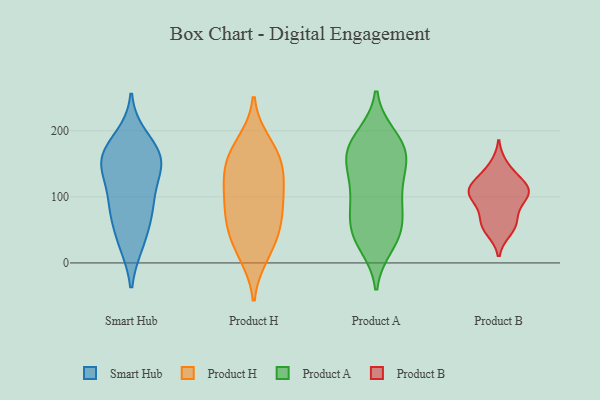
{"axis": {"x": "Page Views", "y": "Value"}, "legend": ["Product A", "Product B", "Product H", "Smart Hub"], "data": [{"x": "", "y": 149, "type": "Smart Hub"}, {"x": "", "y": 121, "type": "Smart Hub"}, {"x": "", "y": 81, "type": "Smart Hub"}, {"x": "", "y": 168, "type": "Smart Hub"}, {"x": "", "y": 29, "type": "Smart Hub"}, {"x": "", "y": 172, "type": "Smart Hub"}, {"x": "", "y": 29, "type": "Smart Hub"}, {"x": "", "y": 152, "type": "Smart Hub"}, {"x": "", "y": 149, "type": "Smart Hub"}, {"x": "", "y": 190, "type": "Smart Hub"}, {"x": "", "y": 101, "type": "Smart Hub"}, {"x": "", "y": 152, "type": "Smart Hub"}, {"x": "", "y": 73, "type": "Smart Hub"}, {"x": "", "y": 75, "type": "Smart Hub"}, {"x": "", "y": 59, "type": "Product H"}, {"x": "", "y": 23, "type": "Product H"}, {"x": "", "y": 13, "type": "Product H"}, {"x": "", "y": 113, "type": "Product H"}, {"x": "", "y": 114, "type": "Product H"}, {"x": "", "y": 50, "type": "Product H"}, {"x": "", "y": 84, "type": "Product H"}, {"x": "", "y": 153, "type": "Product H"}, {"x": "", "y": 158, "type": "Product H"}, {"x": "", "y": 181, "type": "Product H"}, {"x": "", "y": 69, "type": "Product H"}, {"x": "", "y": 162, "type": "Product H"}, {"x": "", "y": 120, "type": "Product H"}, {"x": "", "y": 168, "type": "Product A"}, {"x": "", "y": 95, "type": "Product A"}, {"x": "", "y": 74, "type": "Product A"}, {"x": "", "y": 114, "type": "Product A"}, {"x": "", "y": 34, "type": "Product A"}, {"x": "", "y": 193, "type": "Product A"}, {"x": "", "y": 192, "type": "Product A"}, {"x": "", "y": 46, "type": "Product A"}, {"x": "", "y": 140, "type": "Product A"}, {"x": "", "y": 59, "type": "Product A"}, {"x": "", "y": 164, "type": "Product A"}, {"x": "", "y": 37, "type": "Product A"}, {"x": "", "y": 62, "type": "Product A"}, {"x": "", "y": 164, "type": "Product A"}, {"x": "", "y": 158, "type": "Product A"}, {"x": "", "y": 26, "type": "Product A"}, {"x": "", "y": 96, "type": "Product A"}, {"x": "", "y": 182, "type": "Product A"}, {"x": "", "y": 150, "type": "Product A"}, {"x": "", "y": 114, "type": "Product A"}, {"x": "", "y": 93, "type": "Product B"}, {"x": "", "y": 110, "type": "Product B"}, {"x": "", "y": 147, "type": "Product B"}, {"x": "", "y": 100, "type": "Product B"}, {"x": "", "y": 108, "type": "Product B"}, {"x": "", "y": 54, "type": "Product B"}, {"x": "", "y": 132, "type": "Product B"}, {"x": "", "y": 49, "type": "Product B"}, {"x": "", "y": 113, "type": "Product B"}, {"x": "", "y": 103, "type": "Product B"}, {"x": "", "y": 63, "type": "Product B"}, {"x": "", "y": 118, "type": "Product B"}, {"x": "", "y": 66, "type": "Product B"}]}